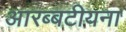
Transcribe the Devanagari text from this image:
आरब्बटीयना